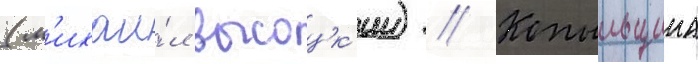
(м'ихаи́л высоцк'ии) // Копыльщина